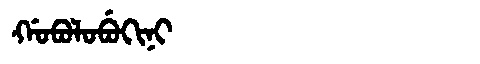
Manchu: ᡤᠣᠪᠣᠯᠣᠪᡠᡴᡳᠨᡳ
Romanization: GOBOLOBUKINI